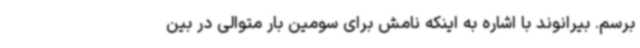
برسم. بیرانوند با اشاره به اینکه نامش برای سومین بار متوالی در بین